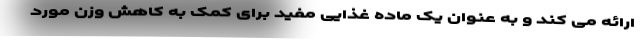
ارائه می کند و به عنوان یک ماده غذایی مفید برای کمک به کاهش وزن مورد